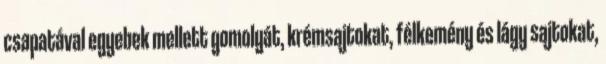
csapatával egyebek mellett gomolyát, krémsajtokat, félkemény és lágy sajtokat,